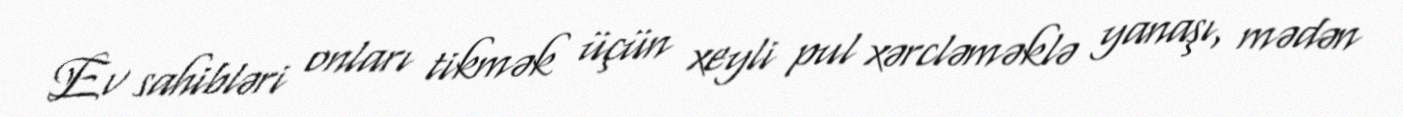
Ev sahibləri onları tikmək üçün xeyli pul xərcləməklə yanaşı, mədən